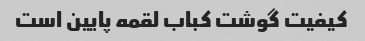
کیفیت گوشت کباب لقمه پایین است